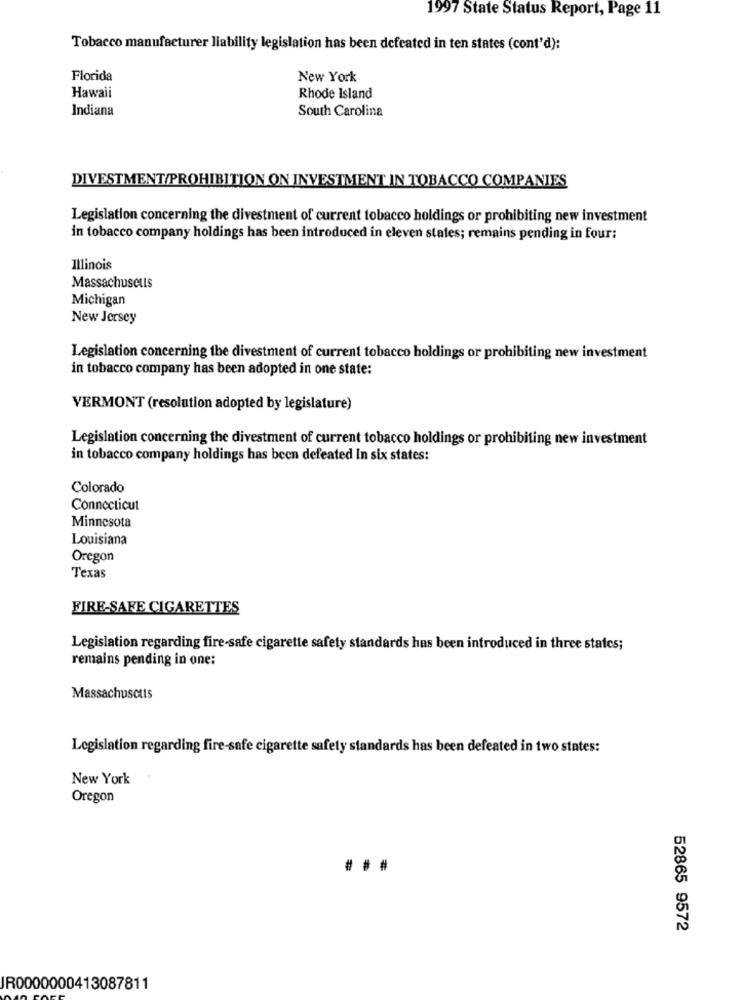
1997 State Status Report, Page 11
Tobacco manufacturer liability legislation has been defeated in ten states (cont'd):
Florida
New York
Hawaii
Rhode Island
Indiana
South Carolina
DIVESTMENT/PROHIBITION ON INVESTMENT IN TOBACCO COMPANIES
Legislation concerning the divestment of current tobacco holdings or prohibiting new investment
in tobacco company holdings has been introduced in eleven states; remains pending in four:
Illinois
Massachusetts
Michigan
New Jersey
Legislation concerning the divestment of current tobacco holdings or prohibiting new investment
in tobacco company has been adopted in one state:
VERMONT (resolution adopted by legislature)
Legislation concerning the divestment of current tobacco holdings or prohibiting new investment
in tobacco company holdings has been defeated In six states:
Colorado
Connecticut
Minnesota
Louisiana
Oregon
Texas
FIRE-SAFE CIGARETTES
Legislation regarding fire-safe cigarette safety standards has been introduced in three states;
remains pending in one:
Massachusetts
Legislation regarding fire-safe cigarette safety standards has been defeated in two states:
New York
Oregon
52865 9572
IR0000000413087811